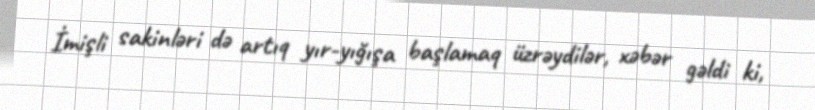
İmişli sakinləri də artıq yır-yığışa başlamaq üzrəydilər, xəbər gəldi ki,